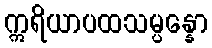
ဣရိယာပထသမ္ပန္နော